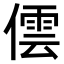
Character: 𠎉